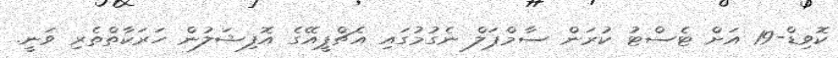
ކޮވިޑް-19 އަށް ޓެސްޓު ކުރަން ސާމްޕަލް ނެގުމުގައި އެޗްޕީއޭގެ އޮފިޝަލުން ހަރަކާތްތެރި ވަނީ.